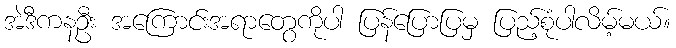
အဲဒီကနဦး အကြောင်းအရာတွေကိုပါ ပြန်ပြောပြမှ ပြည့်စုံပါလိမ့်မယ်။